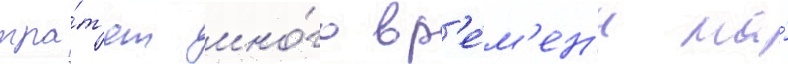
тра́т'ят мно́го вр'е́м'ен'и на́